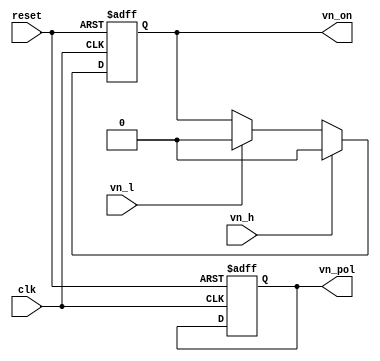
`timescale 1 ns / 1 ps

module highvoltage(
	input wire clk,
	
	input wire vn_l,
	input wire vn_h,
	output reg vn_pol,
	output reg vn_on,
	
	input wire reset
	
	);
	
	always @(posedge clk or posedge reset) begin
		if (reset) begin
			vn_pol <= 1'b0;
			vn_on <= 1'b0;
		end
		else begin
			if (vn_l) begin
				vn_on <= 1'b0;
			end
			
			if (vn_h) begin
				vn_on <= 1'b0;
			end
			
		end
	end
		
endmodule